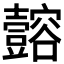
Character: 𫯈